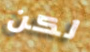
لكن